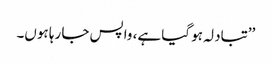
’’تبادلہ ہو گیا ہے، واپس جا رہا ہوں۔